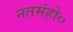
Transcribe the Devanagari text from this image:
नतमंहो०